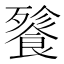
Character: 餮